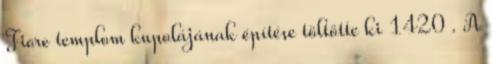
Fiore templom kupolájának építése töltötte ki 1420 . A